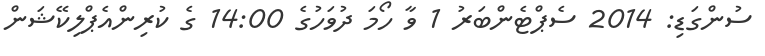
ސުންގަޑި: 2014 ސެޕްޓެންބަރު 1 ވާ ހޯމަ ދުވަހުގެ 14:00 ގެ ކުރިންއެޕްލިކޭޝަން